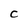
Character: C